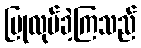
ပြုလုပ်ခဲ့ကြသည်